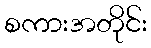
စကားအတိုင်း